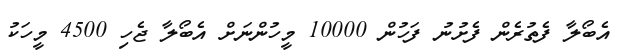
އެބޯލާ ފެތުރެން ފެށުނު ފަހުން 10000 މީހުންނަށް އެބޯލާ ޖެހި 4500 މީހަކު